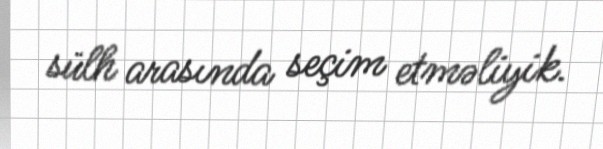
sülh arasında seçim etməliyik.